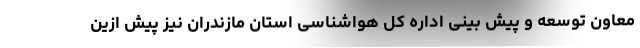
معاون توسعه و پیش بینی اداره کل هواشناسی استان مازندران نیز پیش ازین